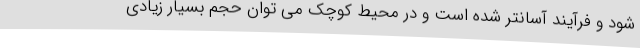
شود و فرآیند آسانتر شده است و در محیط کوچک می توان حجم بسیار زیادی